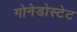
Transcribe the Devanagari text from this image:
गोनेडोस्टेट